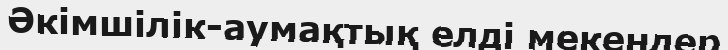
Әкімшілік-аумақтық елді мекендер